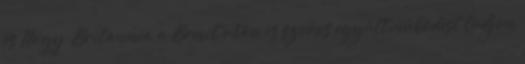
és Nagy-Britannia a Brexit után is szoros együttműködést tudjon